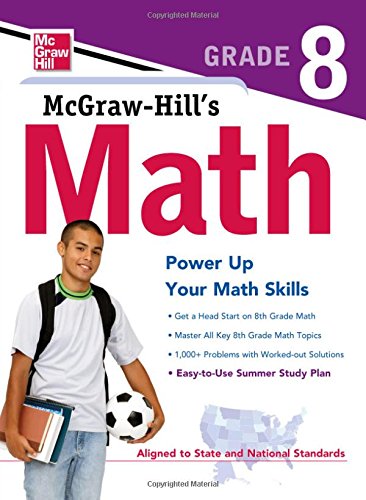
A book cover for McGraw-Hill's Math Grade 8; McGraw-Hill Education; Test Preparation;